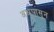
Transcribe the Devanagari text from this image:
अश्रूपासून